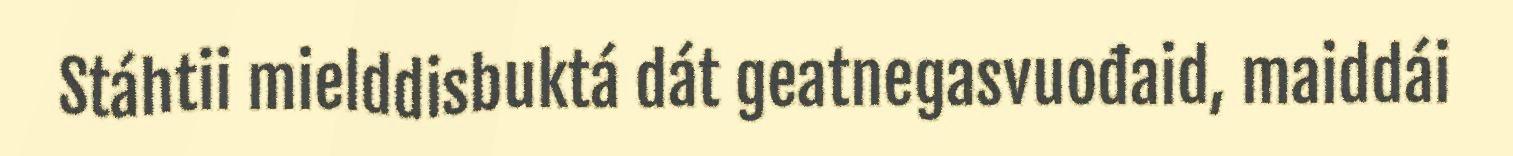
Stáhtii mielddisbuktá dát geatnegasvuođaid, maiddái